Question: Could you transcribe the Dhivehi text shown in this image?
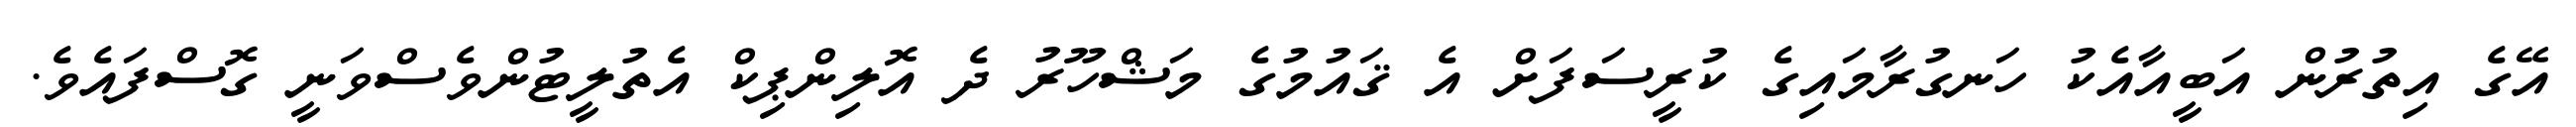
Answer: އޭގެ އިތުރުން އަބީއާއެކު ހަނގުރާމައިގެ ކުރީސަފަށް އެ ޤައުމުގެ މަޝްހޫރު ދެ އޮލިންޕިކް އެތުލީޓުންވެސްވަނީ ގޮސްފައެވެ.